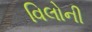
વિલોની